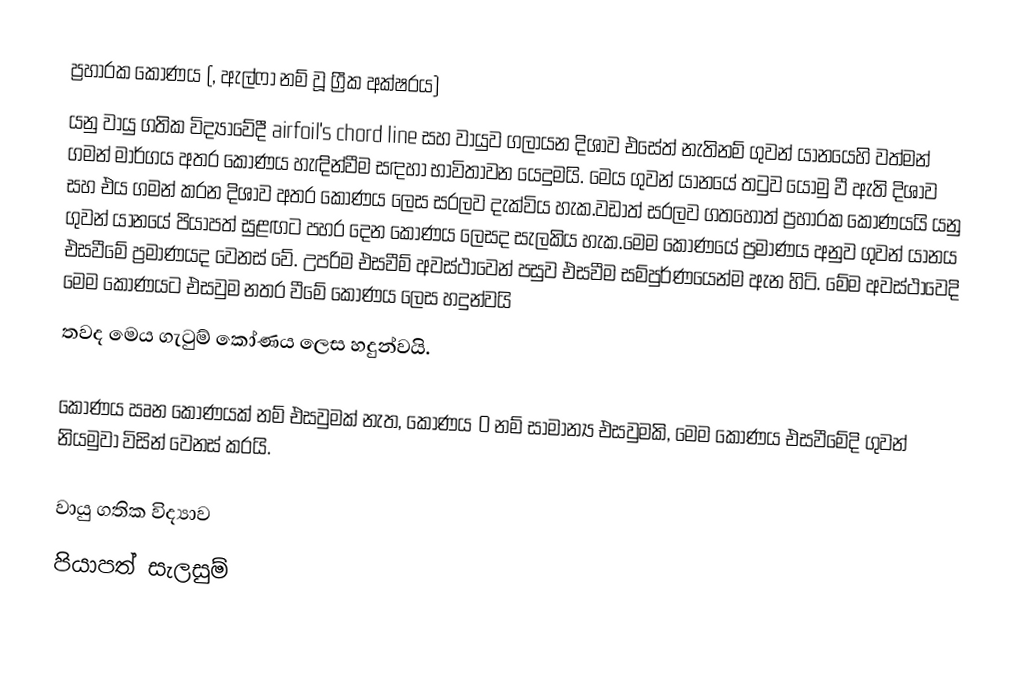
ප්‍රහාරක කෝණය (, ඇල්ෆා නම් වූ ග්‍රීක අක්ෂරය)
යනු වායු ගතික විද්‍යාවේදී airfoil's chord line සහ වායුව ගලායන දිශාව එසේත් නැතිනම් ගුවන් යානයෙහි වත්මන් ගමන් මාර්ගය  අතර කෝණය හැඳින්වීම  සඳහා භාවිතාවන යෙදුමයි. මෙය ගුවන් යානයේ තටුව යොමු වී ඇති දිශාව සහ එය ගමන් කරන දිශාව අතර කෝණය ලෙස සරලව දැක්විය හැක.වඩාත් සරලව ගතහොත් ප්‍රහාරක කෝණයයි යනු ගුවන් යානයේ පියාපත් සුළඟට පහර දෙන කෝණය ලෙසද සැලකිය හැක.මෙම කෝණයේ ප්‍රමාණය අනුව ගුවන් යානය එසවීමේ ප්‍රමාණයද වෙනස් වේ. උපරිම එසවීම් අවස්ථාවෙන් පසුව එසවීම සම්පුර්ණයෙන්ම ඇන හිටි. මේම අවස්ථාවෙදි මෙම කෝණයට‍ එසවුම නතර වීමේ කෝණය ලෙස හදුන්වයි
තවද මෙය ගැටුම් කෝණය ලෙස හදුන්වයි.

කෝණය ඍන කෝණයක්‌ නම් එසවුමක්‌ නැත, කෝණය 0 නම් සාමාන්‍ය එසවුමකි, මෙම කෝණය එසවීමේදි ගුවන් නියමුවා විසින් වෙනස් කරයි.

වායු ගතික විද්‍යාව
පියාපත් සැලසුම්